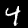
Digit: 4